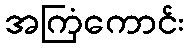
အကြံကောင်း